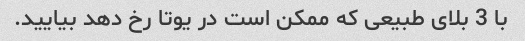
با 3 بلای طبیعی که ممکن است در یوتا رخ دهد بیایید.